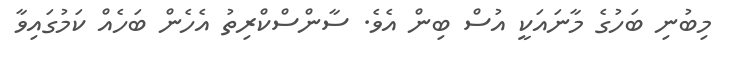
މިބުނި ބަހުގެ މާނައަކީ އުސް ބިން އެވެ. ސާންސްކްރިތު އެހެން ބަހެއް ކަމުގައިވާ